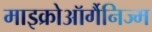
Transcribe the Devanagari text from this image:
माइक्रोऑर्गैनिज्म